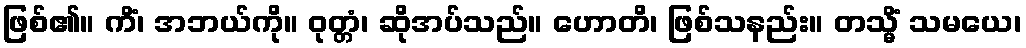
ဖြစ်၏။ ကိံ၊ အဘယ်ကို။ ဝုတ္တံ၊ ဆိုအပ်သည်။ ဟောတိ၊ ဖြစ်သနည်း။ တသ္မိံ သမယေ၊